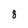
Character: 8